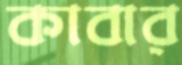
কাবার